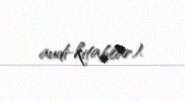
audi-kitablar).